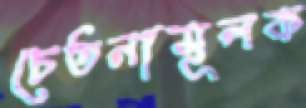
চেতনামূলক